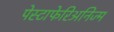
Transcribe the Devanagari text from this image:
पेस्टाफेरिअनिज्म